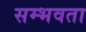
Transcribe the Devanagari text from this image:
सम्भवता